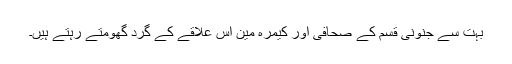
بہت سے جنونی قسم کے صحافی اور کیمرہ مین اس علاقے کے گرد گھومتے رہتے ہیں۔